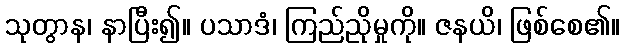
သုတွာန၊ နာပြီး၍။ ပသာဒံ၊ ကြည်ညိုမှုကို။ ဇနယိ၊ ဖြစ်စေ၏။